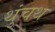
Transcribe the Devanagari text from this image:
थुंचथ